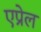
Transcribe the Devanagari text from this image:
एप्रेल